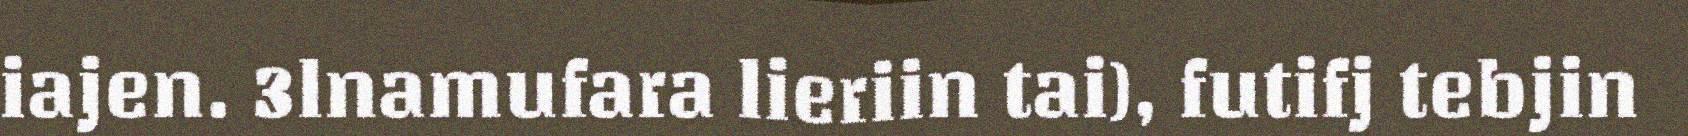
iajen. 3lnamufara lieriin tai), futifj tebjin